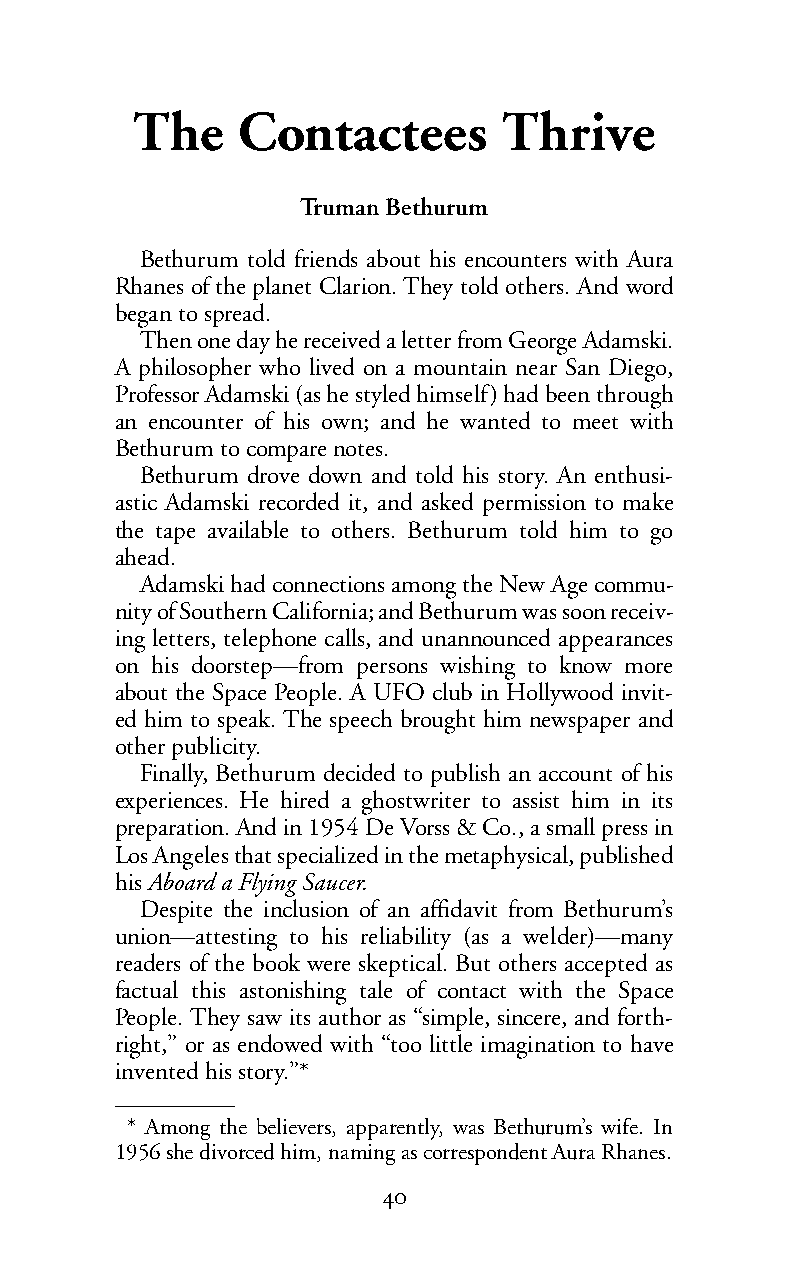
The    Contactees       Thrive
 Truman Bethurum
 Bethurum told friends about his encounters with Aura
 Rhanes of the planet Clarion. They told others. And word
 began to spread.
 Then one day he received a letter from George Adamski.
 A philosopher who lived on a mountain near San Diego,
 Professor Adamski (as he styled himself) had been through
 an encounter of his own; and he wanted to meet with
 Bethurum to compare notes.
 Bethurum drove down and told his story. An enthusi-
 astic Adamski recorded it, and asked permission to make
 the tape available to others. Bethurum told him to go
 ahead.
 Adamski had connections among the New Age commu-
 nity of Southern California; and Bethurum was soon receiv-
 ing letters, telephone calls, and unannounced appearances
 on his doorstep—from persons wishing to know more
 about the Space People. A UFO club in Hollywood invit-
 ed him to speak. The speech brought him newspaper and
 other publicity.
 Finally, Bethurum decided to publish an account of his
 experiences. He hired a ghostwriter to assist him in its
 preparation. And in 1954 De Vorss & Co., a small press in
 Los Angelesthat specializedin themetaphysical, published
 hisAboard a Flying Saucer.
 Despite the inclusion of an affidavit from Bethurum’s
 union—attesting to his reliability (as a welder)—many
 readers of the book were skeptical. But others accepted as
 factual this astonishing tale of contact with the Space
 People. They saw its author as “simple, sincere, and forth-
 right,” or as endowed with “too little imagination to have
 invented his story.”*
 * Among the believers, apparently, was Bethurum’s wife. In
 1956 she divorced him, naming as correspondent Aura Rhanes.
 